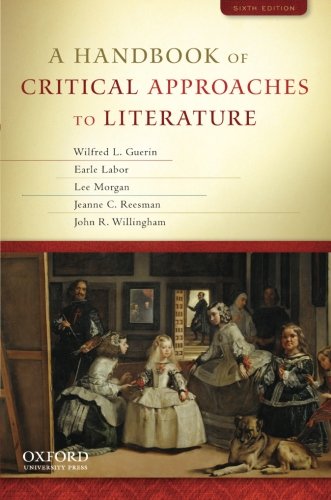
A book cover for A Handbook of Critical Approaches to Literature; Wilfred Guerin; Literature & Fiction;